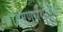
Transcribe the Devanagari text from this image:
ब्राह्मणग्रंथांपैकी